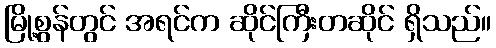
မြို့စွန်တွင် အရင်က ဆိုင်ကြီးတဆိုင် ရှိသည်။